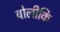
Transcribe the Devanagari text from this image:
बोलीकि